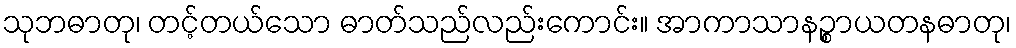
သုဘဓာတု၊ တင့်တယ်သော ဓာတ်သည်လည်းကောင်း။ အာကာသာနဉ္စာယတနဓာတု၊